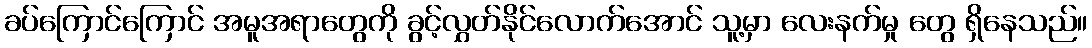
ခပ်ကြောင်ကြောင် အမူအရာတွေကို ခွင့်လွှတ်နိုင်လောက်အောင် သူ့မှာ လေးနက်မှု တွေ ရှိနေသည်။